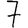
Digit: 7